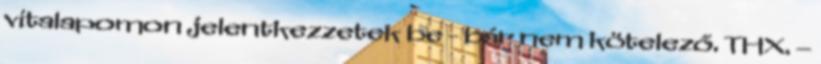
vitalapomon jelentkezzetek be - bár nem kötelező. THX. –